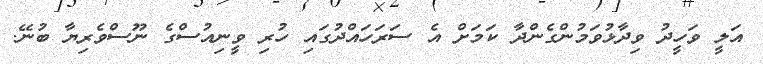
އަލީ ވަހީދު ވިދާޅުވަމުންގެންދާ ކަމަށް އެ ސަރަހައްދުގައި ހުރި ވީނިއުސްގެ ނޫސްވެރިޔާ ބުނޭ.